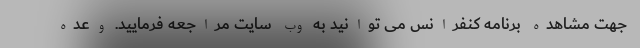
جهت مشاهده برنامه کنفرانس می توانید به وب سایت مراجعه فرمایید. وعده